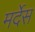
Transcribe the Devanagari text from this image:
मर्देस